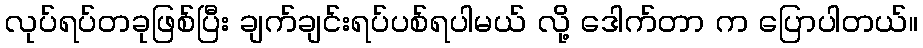
လုပ်ရပ်တခုဖြစ်ပြီး ချက်ချင်းရပ်ပစ်ရပါမယ် လို့ ဒေါက်တာ က ပြောပါတယ်။